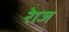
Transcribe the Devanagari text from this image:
रेाज